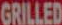
GRILLED